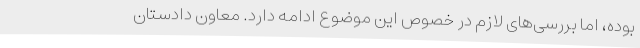
بوده، اما بررسی‌های لازم در خصوص این موضوع ادامه دارد. معاون دادستان